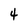
Character: 4